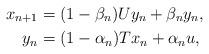
LaTeX: \begin{align*}x_{n+1} & = (1-\beta_n)Uy_n + \beta_n y_n,\\y_{n} & = (1-\alpha_n)T x_n + \alpha_n u,\end{align*}